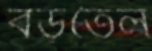
বড়তৈল